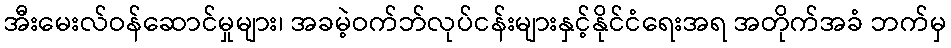
အီးမေးလ်ဝန်ဆောင်မှုများ၊ အခမဲ့ဝက်ဘ်လုပ်ငန်းများနှင့်နိုင်ငံရေးအရ အတိုက်အခံ ဘက်မှ